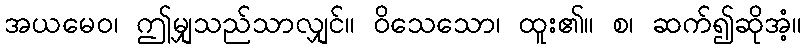
အယမေဝ၊ ဤမျှသည်သာလျှင်။ ဝိသေသော၊ ထူး၏။ စ၊ ဆက်၍ဆိုအံ့။